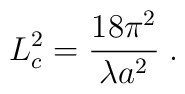
L_c^2=\frac{18\pi^2}{\lambda a^2}\;.